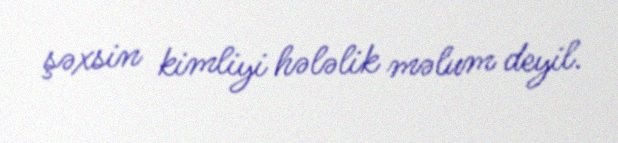
şəxsin kimliyi hələlik məlum deyil.